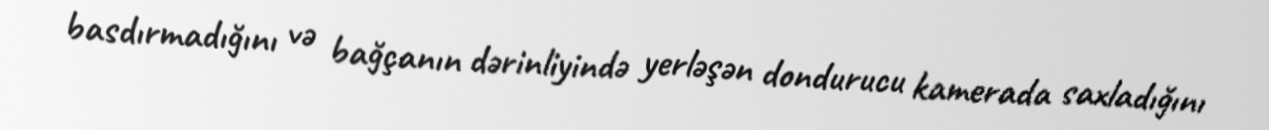
basdırmadığını və bağçanın dərinliyində yerləşən dondurucu kamerada saxladığını